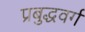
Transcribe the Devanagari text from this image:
प्रबुद्धवर्ग